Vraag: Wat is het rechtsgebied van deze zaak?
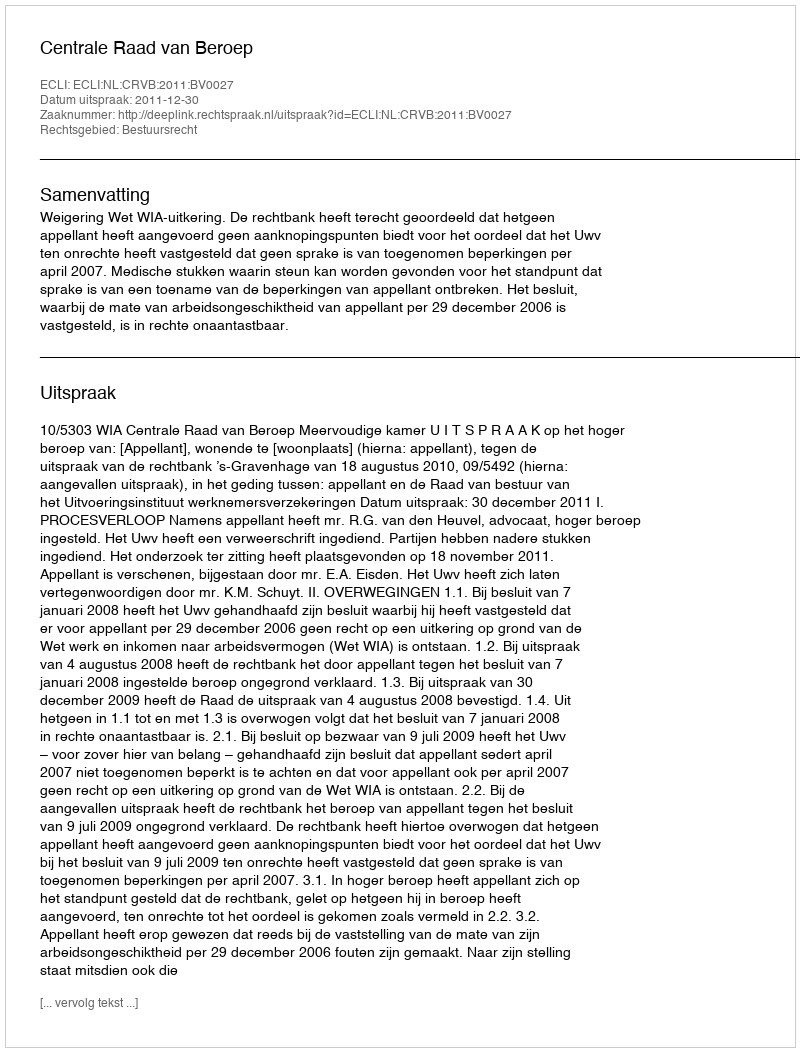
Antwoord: Bestuursrecht